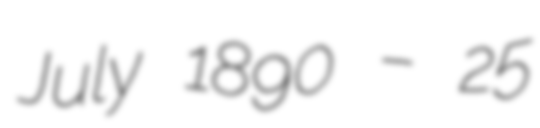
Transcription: July 1890 – 25